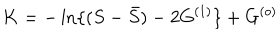
LaTeX: K = - \ln \{ ( S - { \bar { S } } ) - 2 G ^ { ( 1 ) } \} + G ^ { ( o ) }